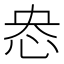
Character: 𢘲